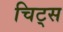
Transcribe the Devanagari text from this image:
चिट्स